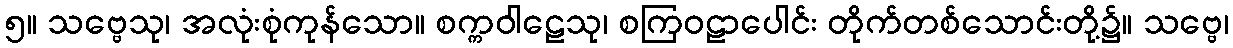
၅။ သဗ္ဗေသု၊ အလုံးစုံကုန်သော။ စက္ကဝါဠေသု၊ စကြဝဠာပေါင်း တိုက်တစ်သောင်းတို့၌။ သဗ္ဗေ၊